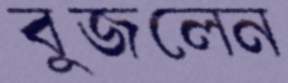
বুজলেন